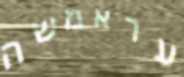
עראמשה